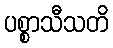
ပစ္စာသီသတိ